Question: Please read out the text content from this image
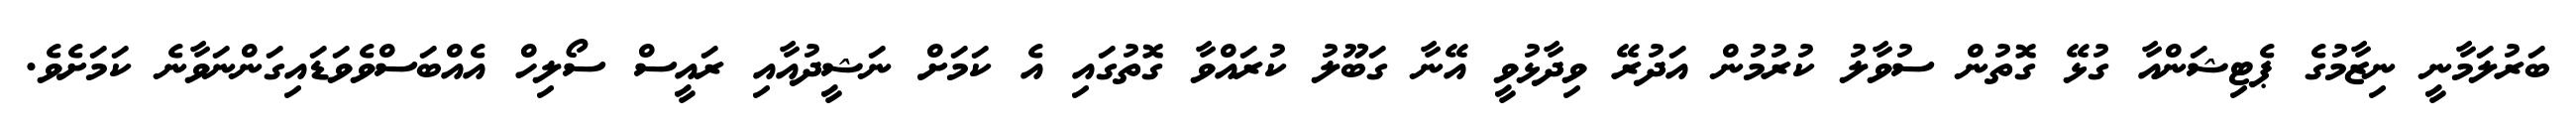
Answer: ބަރުލަމާނީ ނިޒާމުގެ ޕެޓިޝަންއާ ގުޅޭ ގޮތުން ސުވާލު ކުރުމުން އަދުރޭ ވިދާޅުވީ އޭނާ ގަބޫލު ކުރައްވާ ގޮތުގައި އެ ކަމަށް ނަޝީދުއާއި ރައީސް ސޯލިހް އެއްބަސްވެވަޑައިގަންނަވާނެ ކަމަށެވެ.